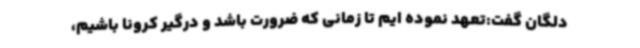
دلگان گفت:تعهد نموده ایم تا زمانی که ضرورت باشد و درگیر کرونا باشیم،